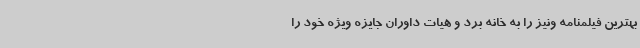
بهترین فیلمنامه ونیز را به خانه برد و هیات داوران جایزه ویژه خود را